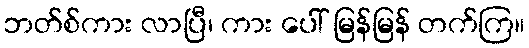
ဘတ်စ်ကား လာပြီ၊ ကား ပေါ် မြန်မြန် တက်ကြ။